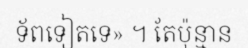
ទ័ពទៀតទេ» ។ តែប៉ុន្មាន